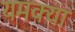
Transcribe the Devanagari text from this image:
यमक्या